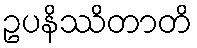
ဥပနိဿိတာတိ